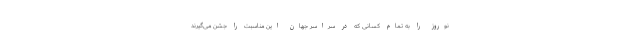
نوروز را به تمام کسانی که در سراسر جهان این مناسبت را جشن می‌گیرند